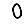
Digit: 0